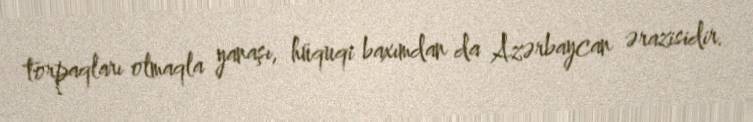
torpaqları olmaqla yanaşı, hüquqi baxımdan da Azərbaycan ərazisidir.